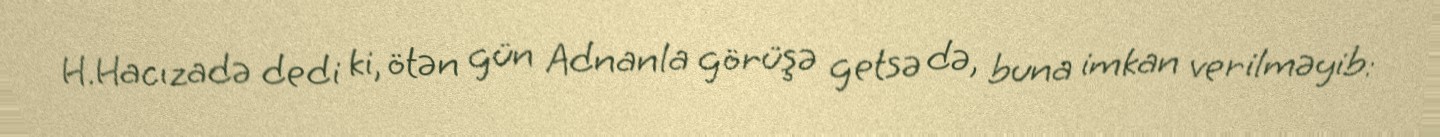
H.Hacızadə dedi ki, ötən gün Adnanla görüşə getsə də, buna imkan verilməyib: